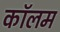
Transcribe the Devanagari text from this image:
काॅलम